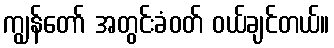
ကျွန်တော် အတွင်းခံဝတ် ဝယ်ချင်တယ်။